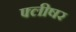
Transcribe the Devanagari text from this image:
फ्लीषर